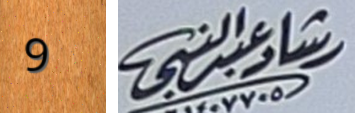
9 رشادعبدالنبي